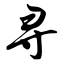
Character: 寻